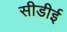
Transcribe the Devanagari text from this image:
सीडीई